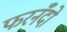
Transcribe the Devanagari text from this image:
फरनँदो